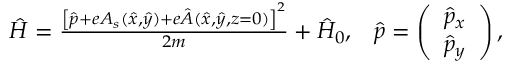
\begin{array} { r } { \hat { H } = \frac { \left[ \hat { \boldsymbol { p } } + e \boldsymbol { A } _ { s } ( \hat { x } , \hat { y } ) + e \hat { \boldsymbol { A } } ( \hat { x } , \hat { y } , z = 0 ) \right] ^ { 2 } } { 2 m } + \hat { H } _ { 0 } , \; \; \; \hat { \boldsymbol { p } } = \left( \begin{array} { c } { \hat { p } _ { x } } \\ { \hat { p } _ { y } } \end{array} \right) , } \end{array}